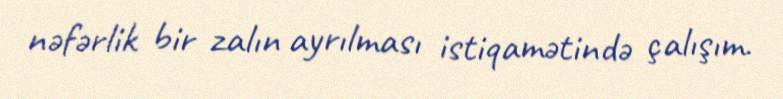
nəfərlik bir zalın ayrılması istiqamətində çalışım.